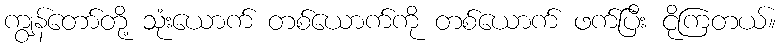
ကျွန်တော်တို့ သုံးယောက် တစ်ယောက်ကို တစ်ယောက် ဖက်ပြီး ငိုကြတယ်။